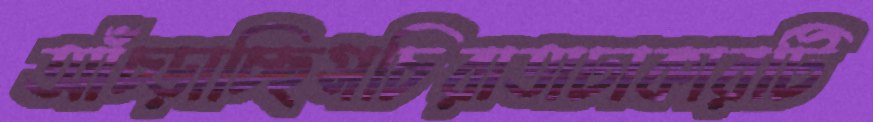
আঁচ্‌ড়াচ্ছিসচিরাতাঢাকারটি